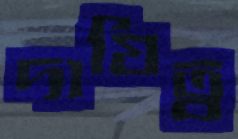
দাযিত্ব